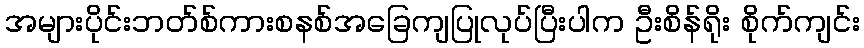
အများပိုင်းဘတ်စ်ကားစနစ်အခြေကျပြုလုပ်ပြီးပါက ဦးစိန်ရိုး စိုက်ကျင်း